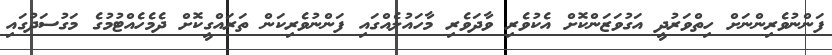
ފަންނުވެރިންނަށް ހިތްވަރުދީ އަގުވަޒަންކޮށް އެކުވެރި ވާދަވެރި މާހައުލެއްގައި ފަންނުވެރިކަން ތަަރައްގީކޮށް ދެމެހެއްޓުމުގެ މަގުސަދުގައި